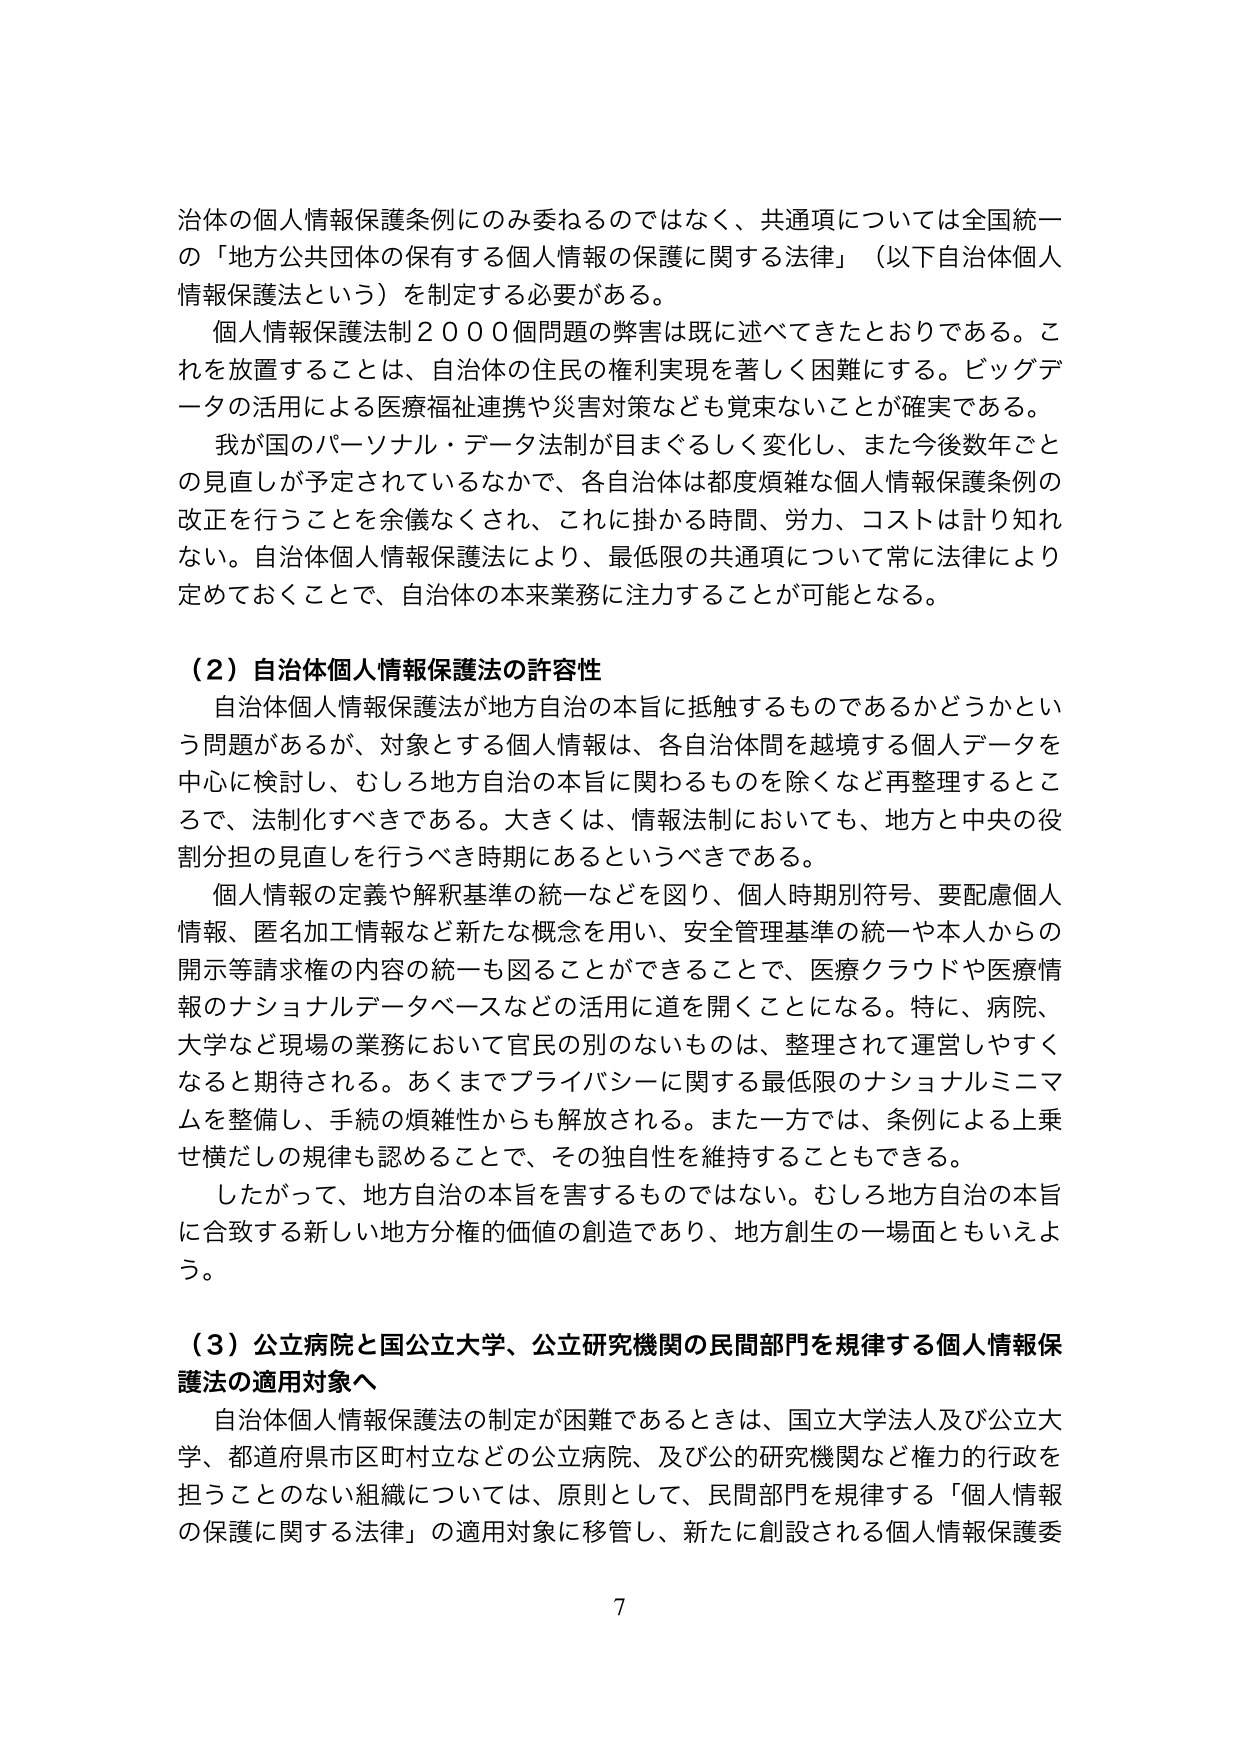
治体の個人情報保護条例にのみ委ねるのではなく、共通項については全国統一の「地方公共団体の保有する個人情報の保護に関する法律」（以下自治体個人情報保護法という）を制定する必要がある。

個人情報保護法制２０００個問題の弊害は既に述べてきたとおりである。これを放置することは、自治体の住民の権利実現を著しく困難にする。ビッグデータの活用による医療福祉連携や災害対策なども覚束ないことが確実である。

我が国のパーソナル・データ法制が目まぐるしく変化し、また今後数年ごとの見直しが予定されているなかで、各自治体は都度煩雑な個人情報保護条例の改正を行うことを余儀なくされ、これに掛かる時間、労力、コストは計り知れない。自治体個人情報保護法により、最低限の共通項について常に法律により定めておくことで、自治体の本来業務に注力することが可能となる。

（２）自治体個人情報保護法の許容性

自治体個人情報保護法が地方自治の本旨に抵触するものであるかどうかという問題があるが、対象とする個人情報は、各自治体間を越境する個人データを中心に検討し、むしろ地方自治の本旨に関わるものを除くなど再整理することで、法制化すべきである。大きくは、情報法制においても、地方と中央の役割分担の見直しを行うべき時期にあるというべきである。

個人情報の定義や解釈基準の統一などを図り、個人時期別符号、要配慮個人情報、匿名加工情報など新たな概念を用い、安全管理基準の統一や本人からの開示等請求権の内容の統一も図ることができることで、医療クラウドや医療情報のナショナルデータベースなどの活用に道を開くことになる。特に、病院、大学など現場の業務において官民の別のないものは、整理されて運営しやすくなると期待される。あくまでプライバシーに関する最低限のナショナルミニマムを整備し、手続の煩雑性からも解放される。また一方では、条例による上乗せ横だしの規律も認めることで、その独自性を維持することもできる。

したがって、地方自治の本旨を害するものではない。むしろ地方自治の本旨に合致する新しい地方分権的価値の創造であり、地方創生の一場面ともいえよう。

（３）公立病院と国公立大学、公立研究機関の民間部門を規律する個人情報保護法の適用対象へ

自治体個人情報保護法の制定が困難であるときは、国立大学法人及び公立大学、都道府県市区町村立などの公立病院、及び公的研究機関など権力的行政を担うことのない組織については、原則として、民間部門を規律する「個人情報の保護に関する法律」の適用対象に移管し、新たに創設される個人情報保護委

7